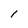
Character: 1